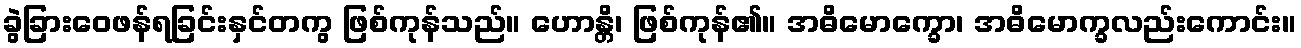
ခွဲခြားဝေဖန်ရခြင်းနှင်တကွ ဖြစ်ကုန်သည်။ ဟောန္တိ၊ ဖြစ်ကုန်၏။ အဓိမောက္ခော၊ အဓိမောက္ခလည်းကောင်း။